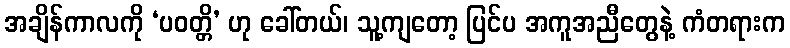
အချိန်ကာလကို ‘ပဝတ္တိ’ ဟု ခေါ်တယ်၊ သူ့ကျတော့ ပြင်ပ အကူအညီတွေနဲ့ ကံတရားက